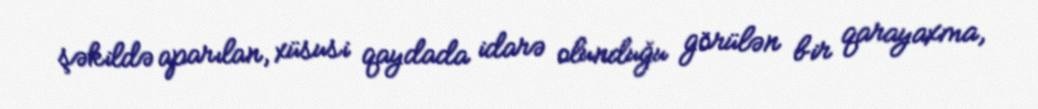
şəkildə aparılan, xüsusi qaydada idarə olunduğu görülən bir qarayaxma,